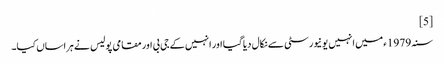
[5]
سنہ 1979ء میں انہیں یونیورسٹی سے نکال دیا گیا اور انہیں کے جی بی اور مقامی پولیس نے ہراساں کیا۔